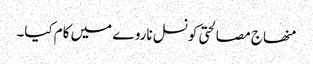
منھاج مصالحتی کونسل ناروے میں کام کیا۔